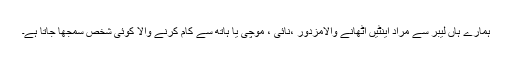
ہمارے ہاں لیبر سے مراد اینٹیں اٹھانے والامزدور ،نائی ، موچی یا ہاتھ سے کام کرنے والا کوئی شخص سمجھا جاتا ہے۔